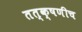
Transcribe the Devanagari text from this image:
तत्क्षणीच